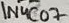
Text: 1N4C07